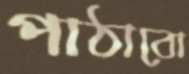
পাঠাবো